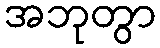
အဘုတွာ